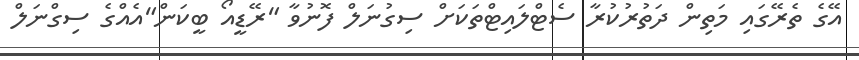
އޭގެ ތެރޭގައި މަތިން ދަތުރުކުރާ ސެޓްލައިޓްތަކަށް ސިގުނަލް ފޮނުވާ "ރޭޑީއޯ ބީކަން"އެއްގެ ސިގްނަލް